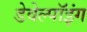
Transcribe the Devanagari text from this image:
डेवेल्पॉइंग